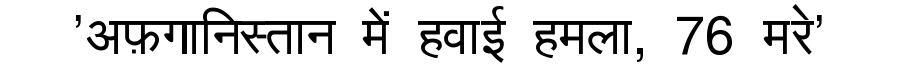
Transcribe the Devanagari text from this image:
'अफ़गानिस्तान में हवाई हमला, 76 मरे'